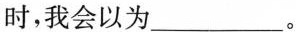
时，我会以为___。